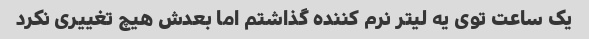
یک ساعت توی یه لیتر نرم کننده گذاشتم اما بعدش هیچ تغییری نکرد